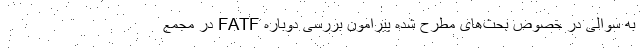
به سوالی در خصوص بحث‌های مطرح شده پیرامون بررسی دوباره FATF در مجمع